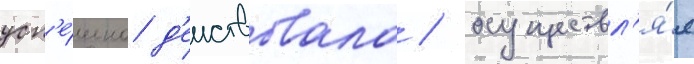
усп'е́шно д'еиствовала / осуществл'я́я